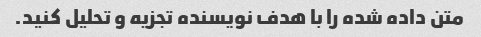
متن داده شده را با هدف نویسنده تجزیه و تحلیل کنید.